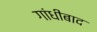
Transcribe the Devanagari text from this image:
गांधीबाद